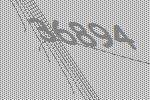
36894